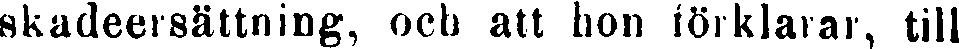
skadeersättning, och att hon förklarar, till